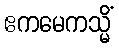
ဧကမေကသ္မိံ